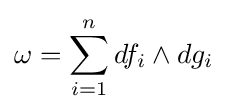
\omega =\sum _{i=1}^{n}df_{i}\wedge dg_{i}